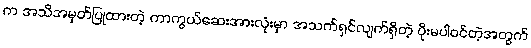
က အသိအမှတ်ပြုထားတဲ့ ကာကွယ်ဆေးအားလုံးမှာ အသက်ရှင်လျက်ရှိတဲ့ ပိုးမပါဝင်တဲ့အတွက်